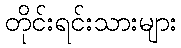
တိုင်းရင်းသားများ